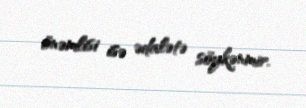
önəmlisi isə ədalətə söykənmir.